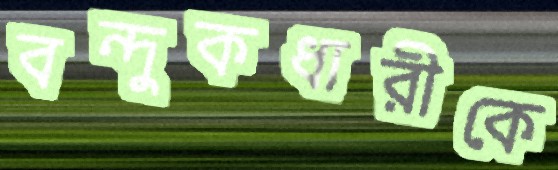
বন্দুকধারীকে